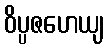
ဝိပ္ပဇဟေယျ